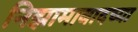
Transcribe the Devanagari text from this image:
निझामाबादच्या